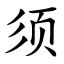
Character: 须